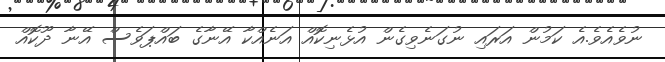
ނުވެއެވެ.އެ ކަމުން އަރައި ނުގަނެވިގެން އުޅެނިކޮއް އަނެއްކާ އޭނާގެ ބައްޕަވެސް އޭނާ ދޫކޮއް